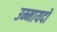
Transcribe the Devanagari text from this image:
उम्मायदों